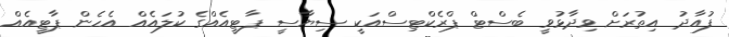
ފުއާދު އިތުރަށް ވިދާޅުވީ ބެސްޓް ޕްރެކްޓިސްއަކީ ސިޔާސީ ޕާޓީއެއްގެ ކުލައެއް އެހެން ޕާޓީއެއް